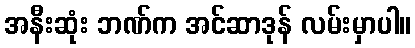
အနီးဆုံး ဘဏ်က အင်ဆာဒုန် လမ်းမှာပါ။